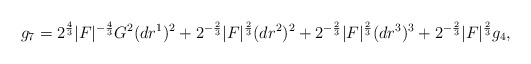
\begin{align*} g_7 = 2^{\frac{4}{3}} |F|^{-\frac{4}{3}} G^2 (dr^1)^2 + 2^{-\frac{2}{3}}|F|^\frac{2}{3} (dr^2)^2 + 2^{-\frac{2}{3}}|F|^\frac{2}{3} (dr^3)^3 + 2^{-\frac{2}{3}}|F|^\frac{2}{3} g_4,\end{align*}